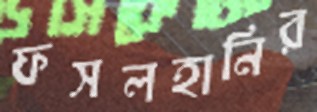
ফসলহানির